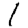
Digit: 1